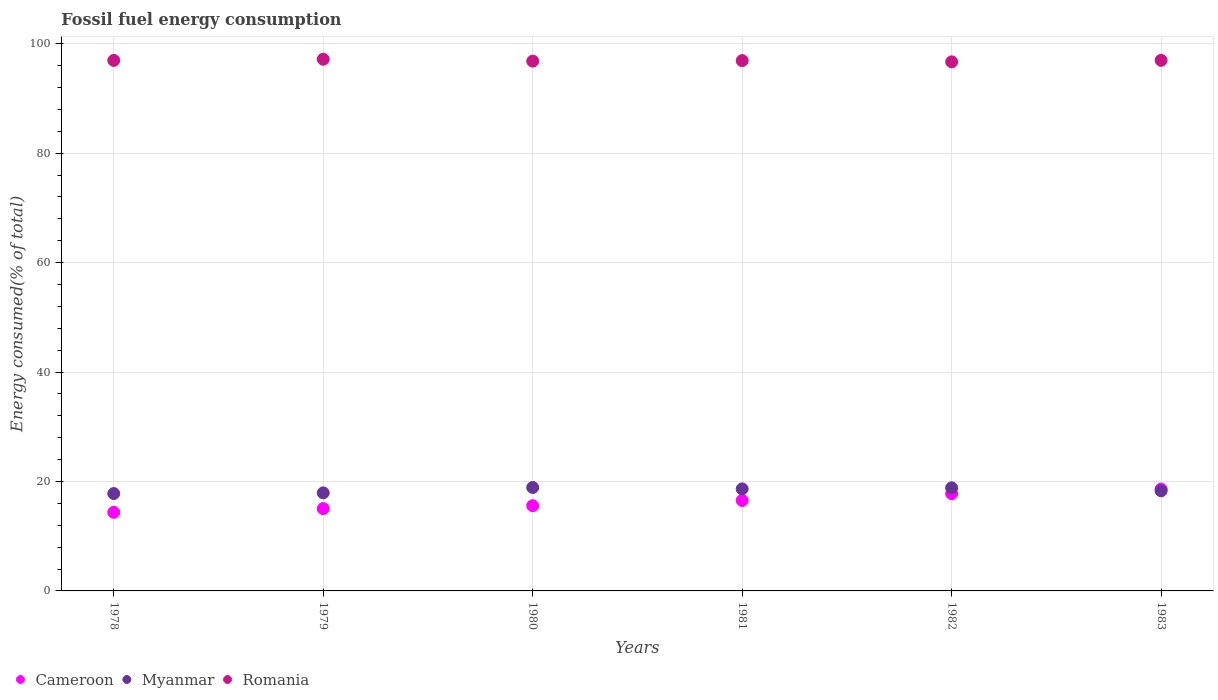
| Years | Cameroon | Myanmar | Romania |
 | --- | --- | --- | --- |
 | 1978 | 14.4 | 17.8 | 96.9 |
 | 1979 | 15 | 17.9 | 97.2 |
 | 1980 | 15.6 | 18.9 | 96.8 |
 | 1981 | 16.5 | 18.6 | 96.9 |
 | 1982 | 17.8 | 18.8 | 96.7 |
 | 1983 | 18.6 | 18.3 | 97 |